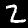
Label: 2